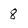
Character: 8